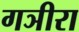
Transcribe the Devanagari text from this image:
गञीरा